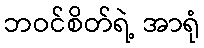
ဘဝင်စိတ်ရဲ့ အာရုံ